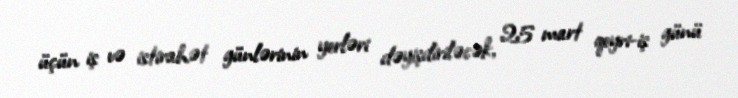
üçün iş və istirahət günlərinin yerləri dəyişdiriləcək, 25 mart qeyri-iş günü